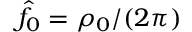
\hat { f } _ { 0 } = \rho _ { 0 } / ( 2 \pi )